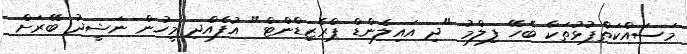
މަސައްކަތްޕުޅުތަކާ ބެހޭ ފިލްމު "ދި އައިލެންޑް ޕްރެޒިޑްންޓް" އުފެއްދި މީހުން ނަޝީދު ބޭރަށް